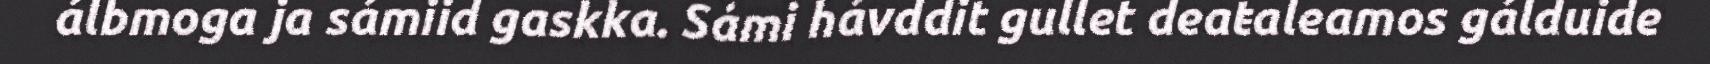
álbmoga ja sámiid gaskka. Sámi hávddit gullet deaŧaleamos gálduide